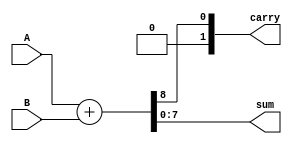
module sum
#(parameter N = 8) 
(
    input wire[N-1:0]A,B,
    output wire[1:0] carry,
    output wire[N-1:0] sum
);
localparam N1 = N+1;
wire[N1:0] sum_ext;
assign sum_ext={2'b00,A}+{2'b00,B};
assign sum=sum_ext[N1-2:0];
assign carry=sum_ext[N1:N1-1];
endmodule